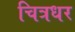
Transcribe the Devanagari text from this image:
चित्रधर